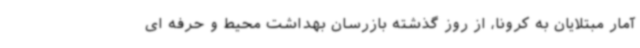
آمار مبتلایان به کرونا، از روز گذشته بازرسان بهداشت محیط و حرفه ای